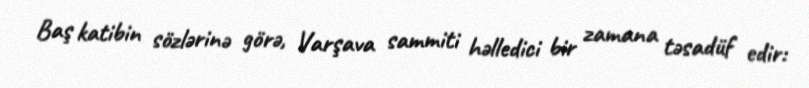
Baş katibin sözlərinə görə, Varşava sammiti həlledici bir zamana təsadüf edir: